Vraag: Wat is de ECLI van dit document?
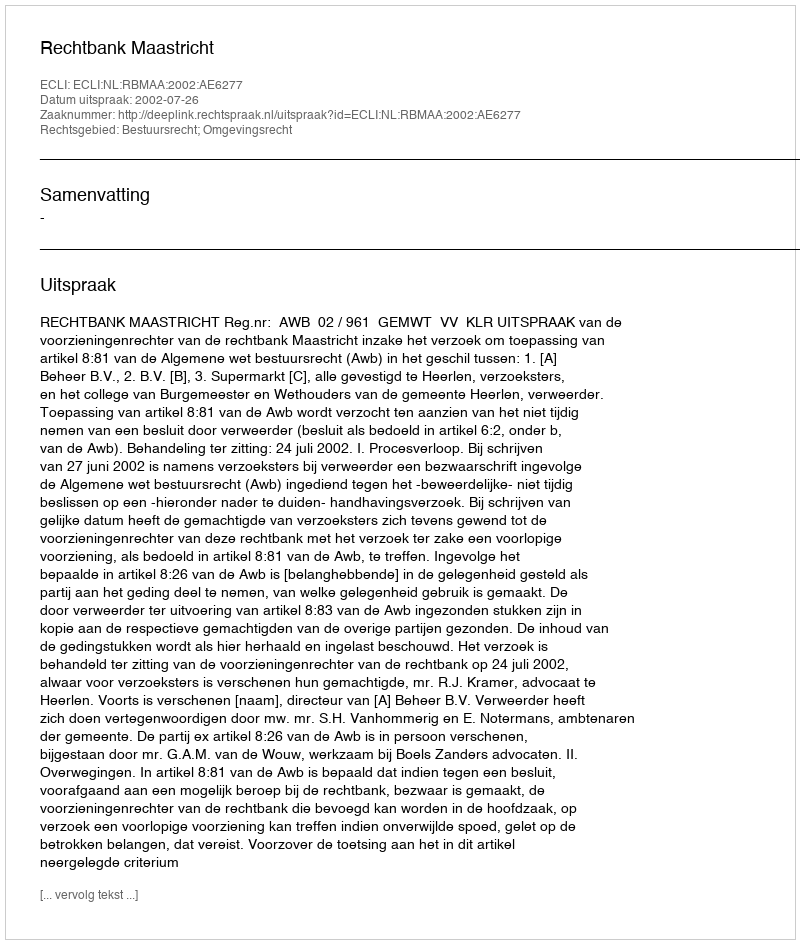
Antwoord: ECLI:NL:RBMAA:2002:AE6277